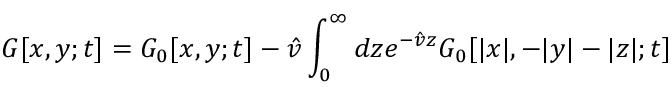
G [ x , y ; t ] = G _ { 0 } [ x , y ; t ] - \hat { v } \int _ { 0 } ^ { \infty } d z e ^ { - \hat { v } z } G _ { 0 } [ | x | , - | y | - | z | ; t ]